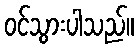
ဝင်သွားပါသည်။